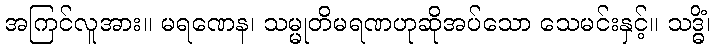
အကြင်လူအား။ မရဏေန၊ သမ္မုတိမရဏဟုဆိုအပ်သော သေမင်းနှင့်။ သဒ္ဓိံ၊